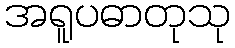
အရူပဓာတုသု